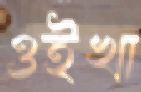
ওইখা